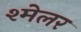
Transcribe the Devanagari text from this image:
श्मेलर